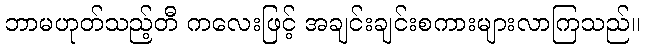
ဘာမဟုတ်သည့်တီ ကလေးဖြင့် အချင်းချင်းစကားများလာကြသည်။